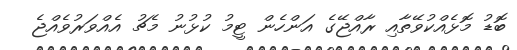
ބޮޑު މޮޅެއްކުވޭތާއި ރާއްޖޭގެ އަންހެން ޓީމު ކުޅުނު މެޗު އެއްވަރުވެއްޖެ